画像に写った文字を読んでください
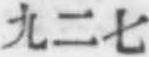
「九二七」と書いてあります